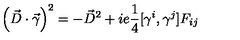
\left( \vec { D } \cdot \vec { \gamma } \right) ^ { 2 } = - \vec { D } ^ { 2 } + i e { \frac { 1 } { 4 } } [ \gamma ^ { i } , \gamma ^ { j } ] F _ { i j }